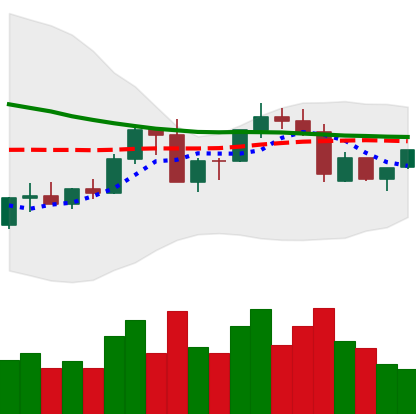
Ticker: ADA-USD
Chart end date: 2022-09-17
Forward return: -5.787%
Label: down_5_7